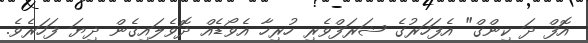
އޮފް ދަ ކިންގް" އެފަހަރުގެ ޝަރަފްވެރި ހުރިހާ އެވޯޑެއް ދޮވެލައިގެން ދިޔަ ފަހަރެވެ.